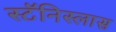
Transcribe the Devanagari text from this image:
स्टॅनिस्लास